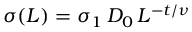
\sigma ( L ) = \sigma _ { 1 } \, D _ { 0 } \, L ^ { - t / \nu }